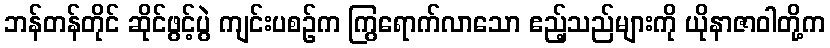
ဘန်တန်တိုင် ဆိုင်ဖွင့်ပွဲ ကျင်းပစဉ်က ကြွရောက်လာသော ဧည့်သည်များကို ယိုနာဇာဝါတို့က